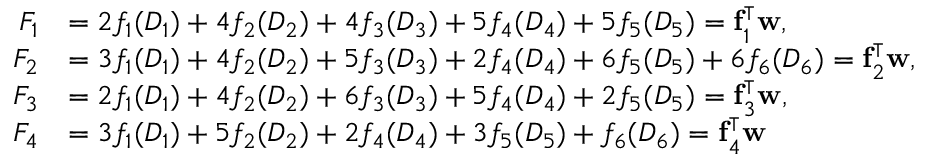
\begin{array} { r l } { F _ { 1 } } & { = 2 f _ { 1 } ( D _ { 1 } ) + 4 f _ { 2 } ( D _ { 2 } ) + 4 f _ { 3 } ( D _ { 3 } ) + 5 f _ { 4 } ( D _ { 4 } ) + 5 f _ { 5 } ( D _ { 5 } ) = \mathbf { f } _ { 1 } ^ { \intercal } \mathbf { w } , } \\ { F _ { 2 } } & { = 3 f _ { 1 } ( D _ { 1 } ) + 4 f _ { 2 } ( D _ { 2 } ) + 5 f _ { 3 } ( D _ { 3 } ) + 2 f _ { 4 } ( D _ { 4 } ) + 6 f _ { 5 } ( D _ { 5 } ) + 6 f _ { 6 } ( D _ { 6 } ) = \mathbf { f } _ { 2 } ^ { \intercal } \mathbf { w } , } \\ { F _ { 3 } } & { = 2 f _ { 1 } ( D _ { 1 } ) + 4 f _ { 2 } ( D _ { 2 } ) + 6 f _ { 3 } ( D _ { 3 } ) + 5 f _ { 4 } ( D _ { 4 } ) + 2 f _ { 5 } ( D _ { 5 } ) = \mathbf { f } _ { 3 } ^ { \intercal } \mathbf { w } , } \\ { F _ { 4 } } & { = 3 f _ { 1 } ( D _ { 1 } ) + 5 f _ { 2 } ( D _ { 2 } ) + 2 f _ { 4 } ( D _ { 4 } ) + 3 f _ { 5 } ( D _ { 5 } ) + f _ { 6 } ( D _ { 6 } ) = \mathbf { f } _ { 4 } ^ { \intercal } \mathbf { w } } \end{array}